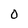
Character: O